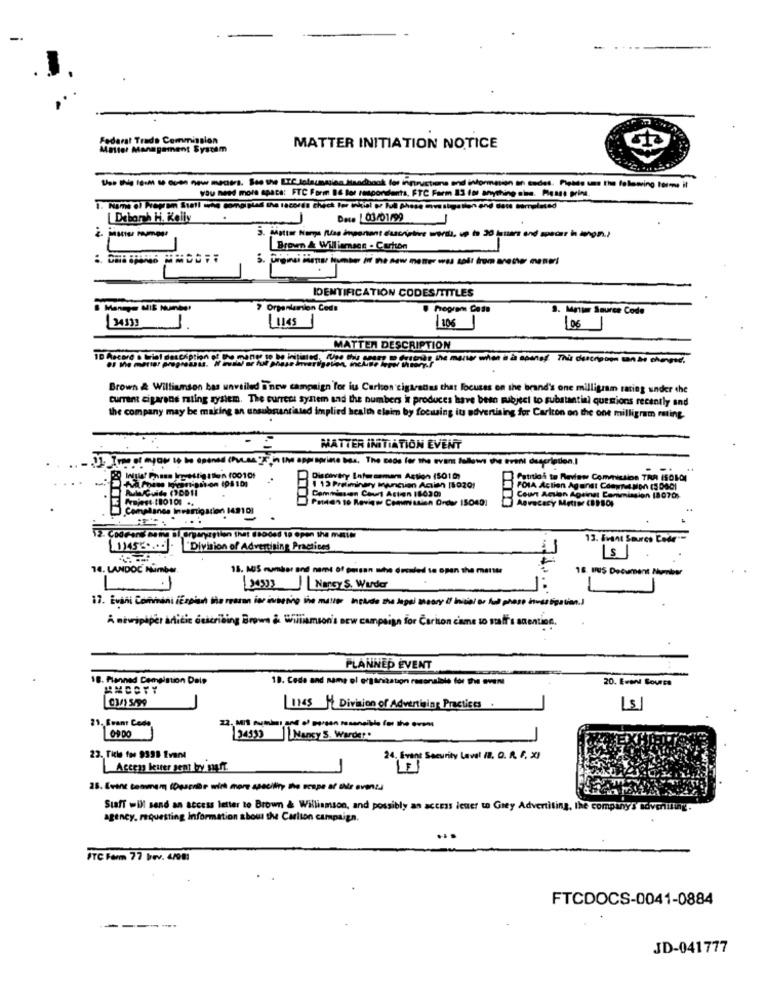
Federal Trade Commission
Mattel Management System
MATTER INITIATION NOTICE
Do. Big lgum so ooen new mentre. See the ETC.Jelaumasias handbook for ingrustions and information en codes. Posso uma t' folowing forme it
You need more space: FTC Form BE tor respondents, FTC Farm 13 for anything sins. Messe print.
1. Name of Prepion Stall sthe compipind the records check Po
Deborah H. Kelly
Dece |03/01/99
-
. Matto Name fuse important dascriatire wersla, up to 20 lauer end specar in tangm.)
Brown & Williamscs - Cartton
..
Grainsi Biener Number of the new mener was solt from mener mener!
IDENTIFICATION CODES/TITLES
7 Orpenkamion Code
9. Mette Source Code
/106
34133 1.
100
MATTER DESCRIPTION
Brown & Williamson bas unveiled i'new campaign for iu Carton cigarettes that focuses on the brand's one milligram rating under the
current cigarans rating system. The current system and the numbers in produces have been subject to substantial questions recently and
the company may be making an unsubstantiated implied health claim by focusing iu advertising for Carlton on the one milligram rating.
MATTER INITIATION EVENT
be opened (Pvc.as "Ciin the approprime bas, The Bede for the evans follows the event description ,!
en 100109
Discovery Lotu semars Action (5010)
1 13 Preliminary Manction Action 150201
FOIA Action Against Cdawn Non (S DOCI
Commiscon Court Action 180201
Patten to Review Commission Order 150401
Court Action Against Commission 18070%
Championse Inversigation 149101
12. ÇoğFans Game si Grgangagtion that ISOded 19 Open the mail
13. Event Source Code --
11455 ..... "Division of Advertising Practices
Is
14. LANDOC Number.
18. MiS number and name of pasan the dreuled to open the menta
18. BUS Document Mh
Nansy S. Wurder
17. Evini Comment Espin the --------. ]
A newipiper article describing Brown & Williamson's new campaign for Carton came so sal's agentin.
PLANNED ÉVENT
18. Planned Demaistion Dels
19. Code and name el organization ramonalate for the even
20. Event Source
03/ 5/99
iics M Division of Advertising Practices
15
21. Evans Code
09 00
34533 Nancy S. Warder.
23. Ticle for 9398 Event
24. Evant Security Laval (B. O. A. F. X)
Access bewer sent by soft
25. Evine commem (Dgsenähe with more asaciliry tho scape af the evenza
Staff will send an access letter to Brown & Williamson, and possibly an access leuer to Grey Adver
agency, requesting information show the Carlson campaign.
PTC Farm 77 bev. 4/081
FTCDOCS-0041-0884
JD-041777